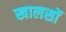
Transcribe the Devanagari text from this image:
खालसों